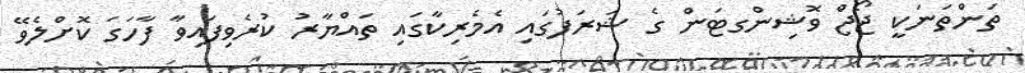
ތަންތަނަކީ ޖޯޖް ވޮޝިންގޓަން ގެ ޝަރަފުގައި އެމެރިކާގައި ތައްޔާރު ކުރެވިފައިވާ ފާހަގަ ކޮށްލެވޭ